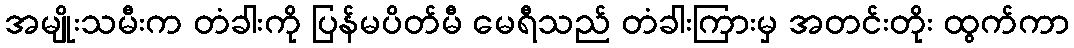
အမျိုးသမီးက တံခါးကို ပြန်မပိတ်မီ မေရီသည် တံခါးကြားမှ အတင်းတိုး ထွက်ကာ